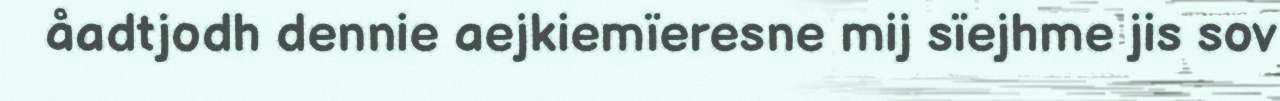
åadtjodh dennie aejkiemïeresne mij sïejhme jis sov